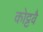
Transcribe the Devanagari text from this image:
कोट्टवै